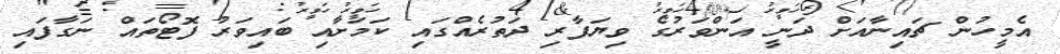
އެމީހުން ޗައިނާއަށް ދަނީ އަންވަރުގެ ވިޔަފާރި ދަތުރެއްގައި ކަމަށާއި ބައިވަރު ފޮޓޯތައް ނަގާފައި